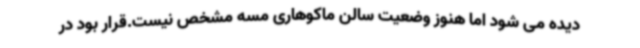
دیده می شود اما هنوز وضعیت سالن ماکوهاری مسه مشخص نیست.قرار بود در